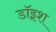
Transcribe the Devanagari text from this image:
डॉइश